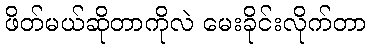
ဖိတ်မယ်ဆိုတာကိုလဲ မေးခိုင်းလိုက်တာ